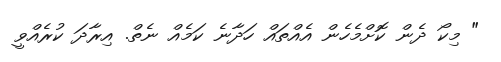
" މިކޯ ދެން ކޮށްމެހެން އެއްތައް ހަދާނެ ކަމެއް ނެތް. އިރާދަ ކުރެއްވީ